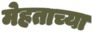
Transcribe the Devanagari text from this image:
मेहताच्या